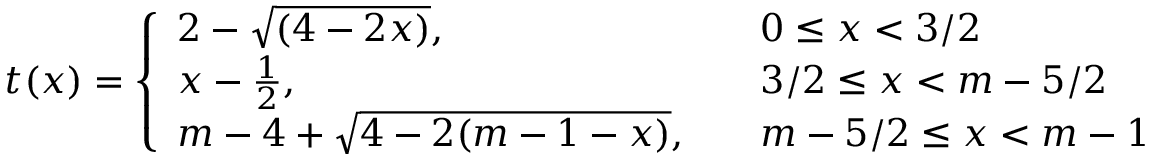
t ( x ) = \left\{ \begin{array} { l l } { 2 - \sqrt { ( 4 - 2 x ) } , \quad } & { 0 \leq x < 3 / 2 } \\ { x - \frac { 1 } { 2 } , \quad } & { 3 / 2 \leq x < m - 5 / 2 } \\ { m - 4 + \sqrt { 4 - 2 ( m - 1 - x ) } , \quad } & { m - 5 / 2 \leq x < m - 1 } \end{array} \right.